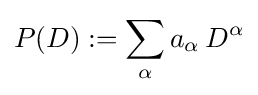
P(D):=\sum _{\alpha }a_{\alpha }\,D^{\alpha }